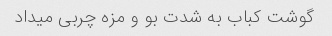
گوشت کباب به شدت بو و مزه چربی میداد